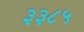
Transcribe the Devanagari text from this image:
३३८५